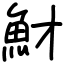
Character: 𩵝